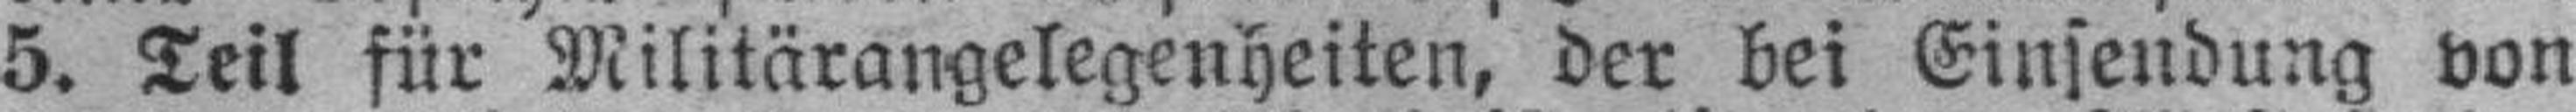
5. Teil für Militärangelegenheiten, der bei Einsendung von